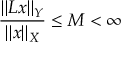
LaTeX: { \frac { \| L x \| _ { Y } } { \| x \| _ { X } } } \leq M < \infty